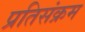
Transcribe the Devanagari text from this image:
प्रतिसंक्रम